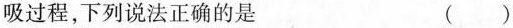
吸过程，下列说法正确的是 ()